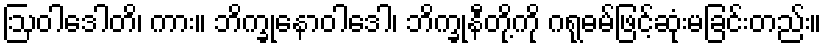
ဩဝါဒေါတိ၊ ကား။ ဘိက္ခုနောဝါဒေါ၊ ဘိက္ခုနီတို့ကို ဂရုဓမ်ဖြင့်ဆုံးမခြင်းတည်း။